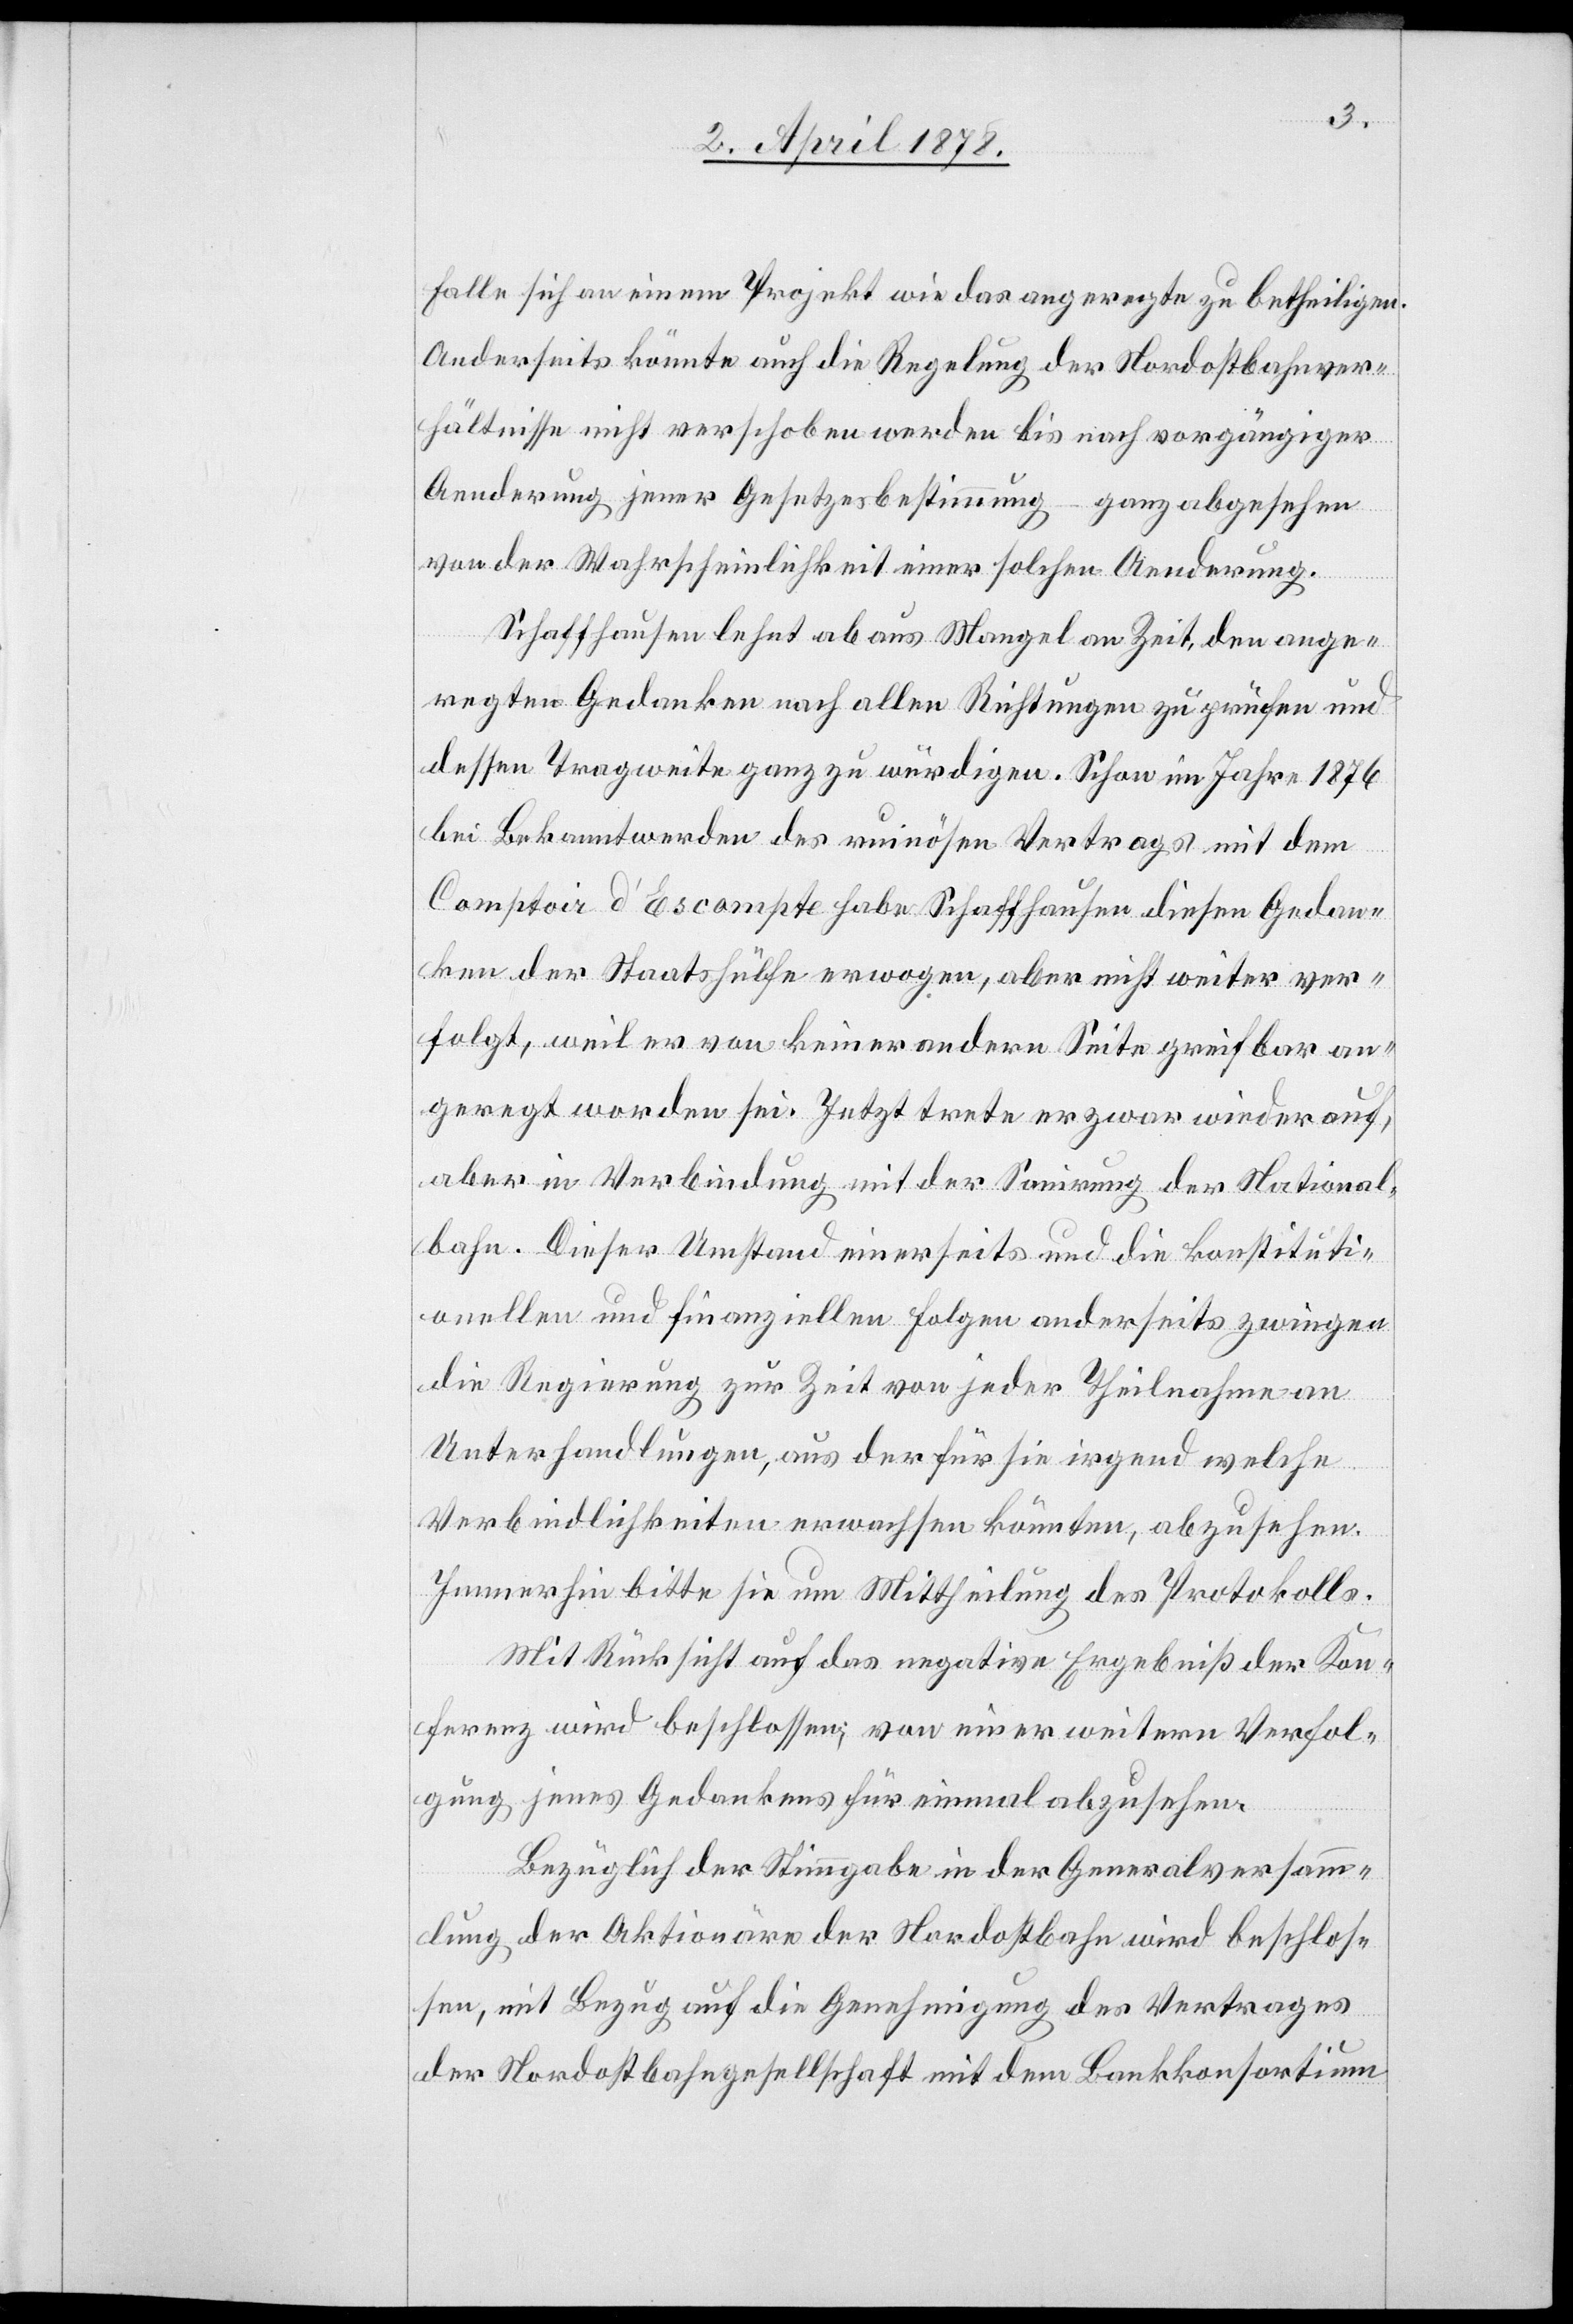
Falle sich an einem Projekt wie das angeregte zu betheiligen.
Anderseits könnte auch die Regelung der Nordostbahnver¬
hältnisse nicht verschoben werden bis nach vorgängiger
Aenderung jener Gesetzesbestimmung – ganz abgesehen
von der Wahrscheinlichkeit einer solchen Aenderung.
Schaffhausen lehnt ab aus Mangel an Zeit, den ange¬
regten Gedanken nach allen Richtungen zu prüfen und
dessen Tragweite ganz zu würdigen. Schon im Jahre 1876
bei Bekanntwerden des ruinösen Vertrags mit dem
Comptoir d’Escompte habe Schaffhausen diesen Gedan¬
ken der Staatshülfe erwogen, aber nicht weiter ver¬
folgt, weil er von keiner andern Seite greifbar an¬
geregt worden sei. Jetzt trete er zwar wieder auf,
aber in Verbindung mit der Sanirung der National¬
bahn. Dieser Umstand einerseits und die konstituti¬
onellen und finanziellen Folgen anderseits zwingen
die Regierung zur Zeit von jeder Theilnahme an
Unterhandlungen, aus der für sie irgendwelche
Verbindlichkeiten erwachsen könnten, abzusehen.
Immerhin bitte sie um Mittheilung des Protokolls.
Mit Rücksicht auf das negative Ergebniß der Kon¬
ferenz wird beschlossen; von einer weitern Verfol¬
gung jenes Gedankens für einmal abzusehen.
Bezüglich der Stimmgabe in der Generalversamm¬
lung der Aktionäre der Nordostbahn wird beschlos¬
sen, mit Bezug auf die Genehmigung des Vertrages
der Nordostbahngesellschaft mit dem Bankkonsortium